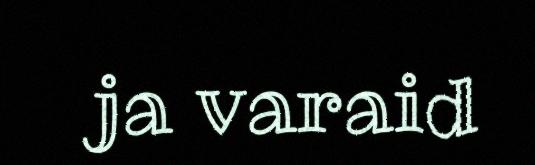
ja varaid